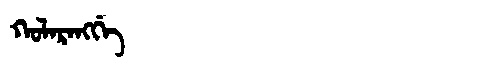
Manchu: ᡴᠣᠯᠠᡵᠠᠩᡤᡝ
Romanization: KOLARANGGE